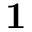
\mathbf { 1 }